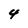
Character: 4